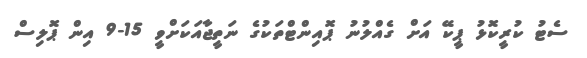
ސެޓު ކުރީކޮޅު ޕީކޭ އަށް ގެއްލުނު ޕޮއިންޓްތަކުގެ ނަތީޖާއަކަށްވީ 15-9 އިން ޕޮލިސް